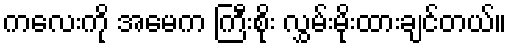
ကလေးကို အမေက ကြီးစိုး လွှမ်းမိုးထားချင်တယ်။